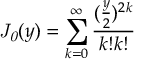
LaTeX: { \it J _ { 0 } } ( y ) = \sum _ { k = 0 } ^ { \infty } \frac { ( \frac { y } { 2 } ) ^ { 2 k } } { k ! k ! }